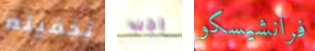
تخفينه يجب فرانشيسكو